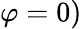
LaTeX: \varphi=0)